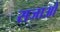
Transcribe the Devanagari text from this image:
सजाओ